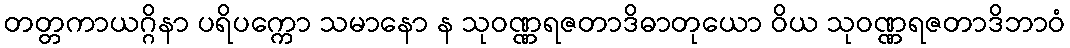
တတ္တကာယဂ္ဂိနာ ပရိပက္ကော သမာနော န သုဝဏ္ဏရဇတာဒိဓာတုယော ဝိယ သုဝဏ္ဏရဇတာဒိဘာဝံ